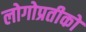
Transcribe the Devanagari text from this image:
लोगोप्रतीकों